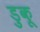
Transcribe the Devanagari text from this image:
डुकू